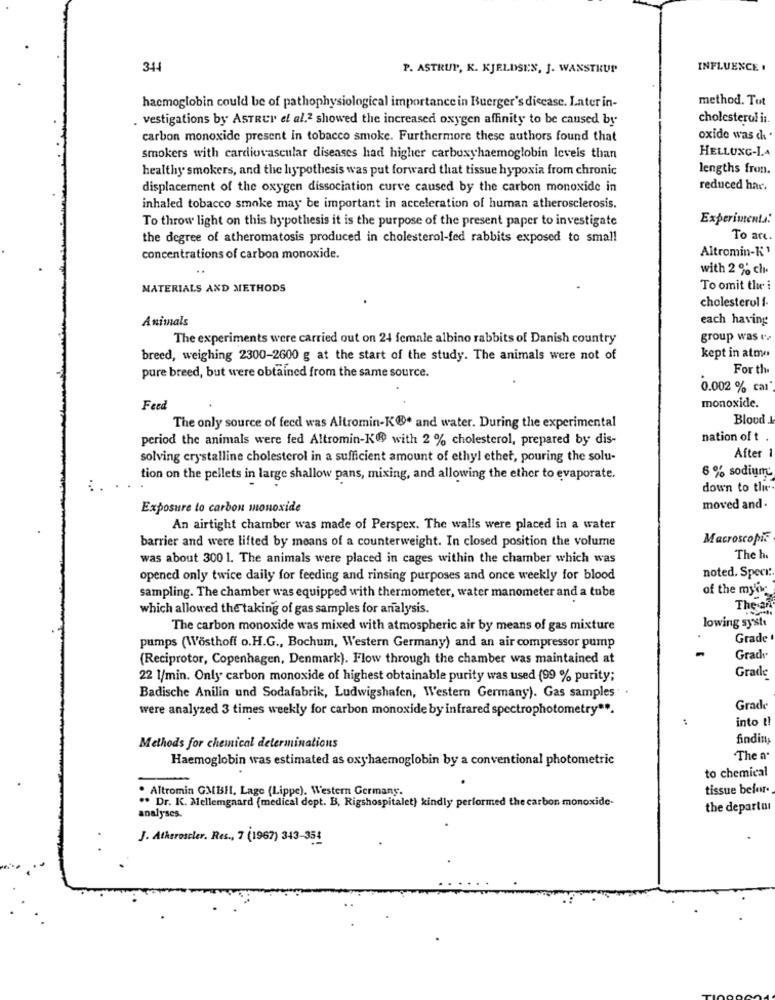
341
P. ASTRUP, K. KJELDSEN, J. WANSTRUP
INFLUENCE .
method. Tot
hacmoglobin could be of pathophysiological importance in Buerger's disease. Later in-
vestigations by ASTRUP et al.2 showed the increased oxygen affinity to be caused by
cholesterol i :.
carbon monoxide present in tobacco smoke. Furthermore these authors found that
oxide was di .
HELLUNG-LA
smokers with cardiovascular diseases had higher carboxyhaemoglobin levels than
healthy smokers, and the hypothesis was put forward that tissue hypoxia from chronic
lengths fron.
displacement of the oxygen dissociation curve caused by the carbon monoxide in
reduced har.
inhaled tobacco smoke may be important in acceleration of human atherosclerosis.
To throw light on this hypothesis it is the purpose of the present paper to investigate
Experiments:
the degree of atheromatosis produced in cholesterol-fed rabbits exposed to small
To arı
Altromin-K '
concentrations of carbon monoxide.
..
with 2 % ch.
MATERIALS AND METHODS
To omit the i
cholesterol f.
Animals
each having
The experiments were carried out on 24 female albino rabbits of Danish country
group was
breed, weighing 2300-2600 g at the start of the study. The animals were not of
kept in atme
For the
pure breed, but were obtained from the same source.
0.002 % car
Feed
monoxide.
Blood
The only source of feed was Altromin-K®. and water. During the experimental
period the animals were fed Altromin-K® with 2 % cholesterol, prepared by dis-
nation of t
After 1
solving crystalline cholesterol in a sufficient amount of ethyl ethet, pouring the solu-
tion on the pellets in large shallow pans, mixing, and allowing the ether to evaporate.
8 % sodium
down to the
Exposure to carbon monoxide
moved and.
An airtight chamber was made of Perspex. The walls were placed in a water
barrier and were lifted by means of a counterweight. In closed position the volume
Macroscopic
was about 300 1. The animals were placed in cages within the chamber which was
The ha
noted. Speci ..
opened only twice daily for feeding and rinsing purposes and once weekly for blood
of the mykw
sampling. The chamber was equipped with thermometer, water manometer and a tube
which allowed the taking of gas samples for analysis.
The an
The carbon monoxide was mixed with atmospheric air by means of gas mixture
lowing syst
Grade
pumps (Wosthoff o. H.G ., Bochum, Western Germany) and an air compressor pump
(Reciprotor, Copenhagen, Denmark). Flow through the chamber was maintained at
Grady
22 1/min. Only carbon monoxide of highest obtainable purity was used (99 % purity;
Grade
Badische Anilin und Sodafabrik, Ludwigshafen, Western Germany). Gas samples .
were analyzed 3 times weekly for carbon monoxide by infrared spectrophotometry"".
Grade
into t!
findin,
Methods for chemical determinations
Haemoglobin was estimated as oxyhaemoglobin by a conventional photometric
The a'
to chemical
. Altromin GMBH, Lage (Lippe). Western Germany.
tissue befor.
** Dr. K. Mellemgaard (medical dept. B, Rigshospitalet) kindly performed the carbon monoxide-
the departa
analyses.
J. Atheroscler. Res ., 7 (1967) 343-35: